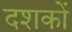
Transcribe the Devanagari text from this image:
दशकाें